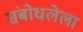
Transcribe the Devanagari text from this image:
संबोधलेला